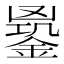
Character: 𨩹